Civil Veterinary Department. Central Provinces & Berar 1925-31 - 1925-1931
Year: 1925
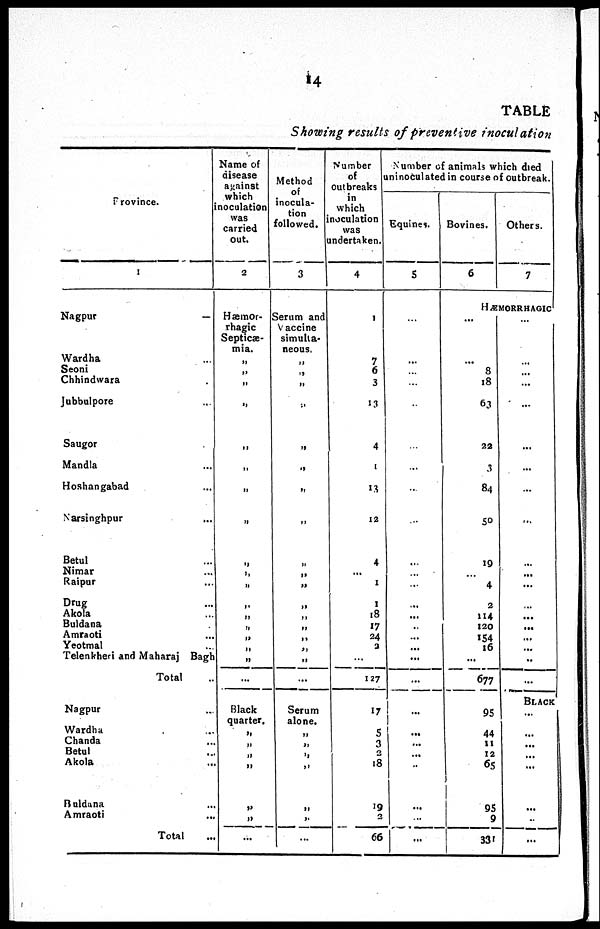
14
TABLE
Showing results of preventive inoculation
Province.
1
Nagpur
Wardha ...
Seoni
Chhindwara .
Jubbulpore ...
Saugor
Mandla ...
Hoshangabad ...
Narsinghpur ...
Betul ...
Nimar ...
Raipur ...
Drug ...
Akola ...
Buldana ...
Amraoti ...
Yeotmal ...
Telenkberi and Maharaj Bagh
Total ...
Nagpur ...
Wardha ...
Chanda ...
Betul ...
Akola ...
Buldana ...
Amraoti ...
Total ...
Name of
disease
against
which
inoculation
was
carried
out.
2
Hæmor-
rhagic
Septicæ-
mia.
„
„
„
„
„
„
„
„
„
„ „
„
„
„
„
„
„
...
Black
quarter.
„
„
„
„
„
„
...
Method
of
inocula-
tion
followed.
3
Serum and
Vaccine
simulta-
neous.
„
„
„
„
„
„
„
„
„
„
„
„
„
„
„
„
„
...
Serum
alone.
„
„
„
„
„
„
...
Number
of
outbreaks
in
which
inoculation
was
undertaken.
4
1
7
6
3
13
4
1
13
12
4
...
1
1
18
17
24
2
127
17
5
3
2
18
19
2
66
Number of animals which died
uninoculated in course of outbreak.
Equines.
5
...
...
...
...
..
...
...
...
...
...
...
...
...
...
..
...
...
...
...
...
...
...
...
...
...
...
...
Bovines.
6
Others.
7
HÆMORRHAGIC
...
...
8
18
63
22
3
84
50
19
...
4
2
114
130
154
16
...
677
95
44
11
12
65
95
9
331
...
...
...
...
...
...
...
...
...
...
...
...
...
...
...
...
...
..
...
BLACK
...
...
...
...
...
...
..
...